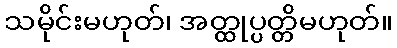
သမိုင်းမဟုတ်၊ အတ္ထုပ္ပတ္တိမဟုတ်။